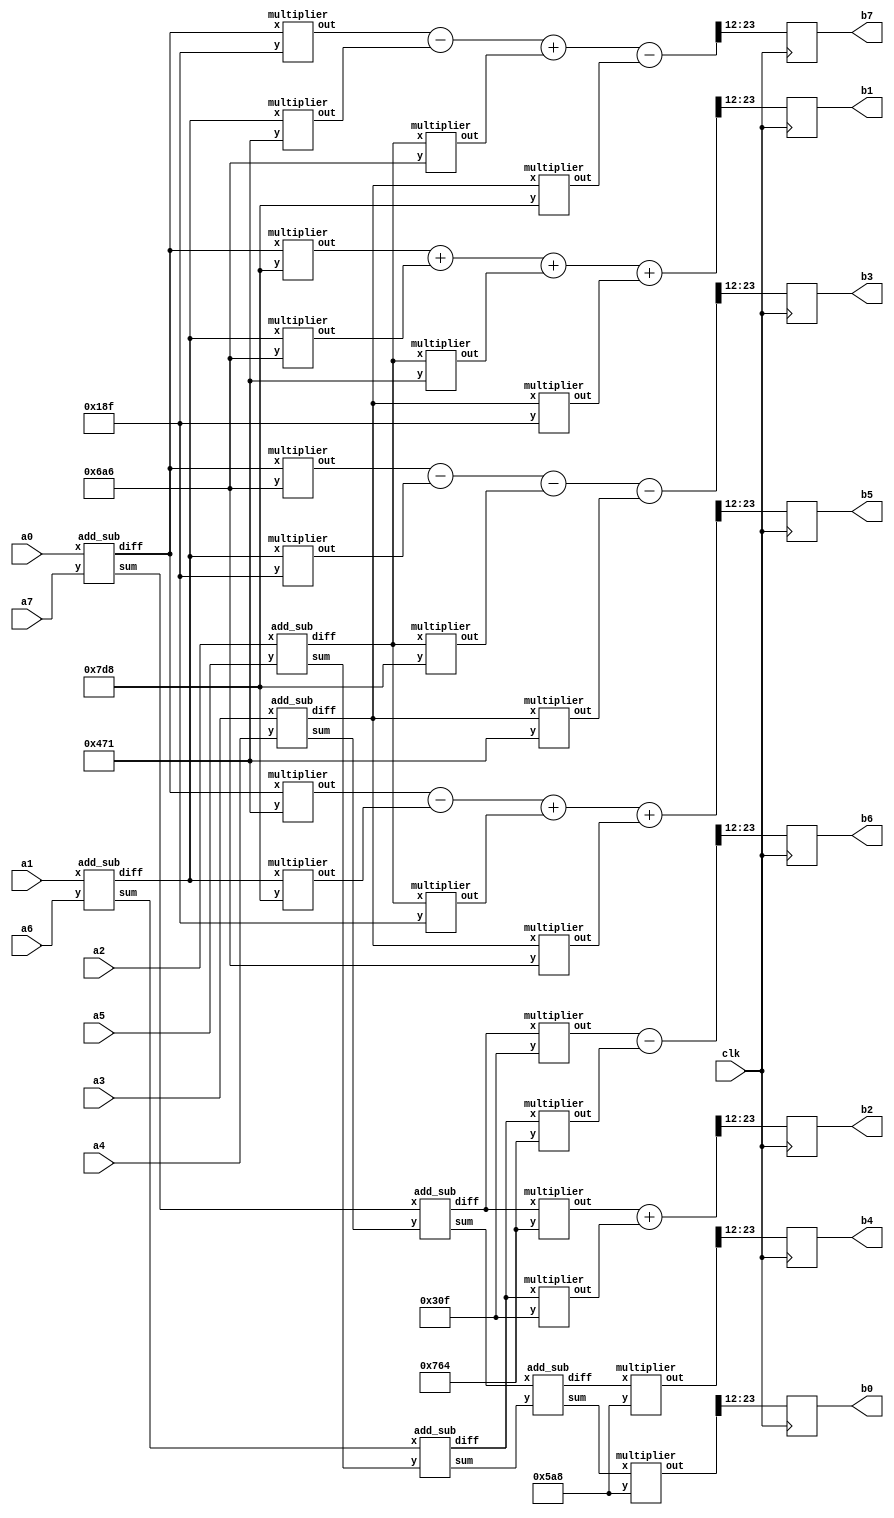
module DCT(input clk,
           input signed[11:0]a0,a1,a2,a3,a4,a5,a6,a7,
           output reg signed[11:0]b0,b1,b2,b3,b4,b5,b6,b7);
  
  wire [11:0] c1 = 12'b011111011000;
  wire [11:0] c2 = 12'b011101100100;
  wire [11:0] c3 = 12'b011010100110;
  wire [11:0] c4 = 12'b010110101000;
  wire [11:0] c5 = 12'b010001110001;
  wire [11:0] c6 = 12'b001100001111;
  wire [11:0] c7 = 12'b000110001111;
  
  wire signed [11:0] f07,f0_7,f16,f1_6,f25,f2_5,f34,f3_4;
  wire signed [11:0] f0734,f07_34,f1625,f16_25;
  wire signed [11:0] sum,diff;
  wire signed [11:0] x0,x1,x2,x3,x4,x5,x6,x7;
  wire signed[23:0]m8,m9,m10,m11,m12,m13,m14,m15,m16,m17,m18,m19,m20,m21,m22,m23,m24,m25,m26,m27;
  wire signed [23:0] m0,m1,m2,m3,m4,m5,m6,m7;
  reg [11:0] r0[7:0],r1[7:0],r2[7:0],r3[7:0],r4[7:0],r5[7:0],r6[7:0],r7 [7:0];
  wire [2:0] count = 0;
  
  add_sub B1(f07,f0_7,a0,a7);
  add_sub B2(f16,f1_6,a1,a6);
  add_sub B3(f25,f2_5,a2,a5);
  add_sub B4(f34,f3_4,a3,a4);
  
  add_sub B5(f0734,f07_34,f07,f34);
  add_sub B6(f1625,f16_25,f16,f25);
  
  add_sub B7(sum,diff,f0734,f1625);
  
  multiplier M1(m0,sum,c4);
  multiplier M2(m4,diff,c4);
  
  multiplier M3(m8,f07_34,c2);
  multiplier M4(m9,f16_25,c6);
  assign m2 = m8+m9;
  
  multiplier M5(m10,f07_34,c6);
  multiplier M6(m11,f16_25,c2);
  assign m6 = m10-m11;
  
  multiplier M7(m12,f0_7,c1);
  multiplier M8(m13,f0_7,c3);
  multiplier M9(m14,f0_7,c5);
  multiplier M10(m15,f0_7,c7);
  
  multiplier M11(m16,f1_6,c1);
  multiplier M12(m17,f1_6,c3);
  multiplier M13(m18,f1_6,c5);
  multiplier M14(m19,f1_6,c7);
  
  multiplier M15(m20,f2_5,c1);
  multiplier M16(m21,f2_5,c3);
  multiplier M17(m22,f2_5,c5);
  multiplier M18(m23,f2_5,c7);
  
  multiplier M19(m24,f3_4,c1);
  multiplier M20(m25,f3_4,c3);
  multiplier M21(m26,f3_4,c5);
  multiplier M22(m27,f3_4,c7);
  
  assign m1 = m12+m17+m22+m27;
  assign m3 = m13-m19-m20-m26;
  assign m5 = m14-m16+m23+m25;
  assign m7 = m15-m18+m21-m24;
  /*assign out0 = (a0+a7+a1+a6+a2+a5+a3+a4)*c4;
  assign out1 = (a0-a7)*c1 + (a1-a6)*c3 + (a2-a5)*c5 + (a3-a4)*c7;
  assign out2 = (a0+a7-a3-a4)*c2 + (a1+a6-a2-a5)*c6;
  assign out3 = (a0-a7)*c3 - (a1-a6)*c7 - (a2-a5)*c1 - (a3-a4)*c5;
  assign out4 = (a0+a7+a3+a4-a1-a6-a2-a5)*c4;
  assign out5 = (a0-a7)*c5 - (a1-a6)*c1 + (a2-a5)*c7 + (a3-a4)*c3;
  assign out6 = (a0+a7-a3-a4)*c6 - (a1+a6-a2-a5)*c2;
  assign out7 = (a0-a7)*c7 - (a1-a6)*c5 + (a2-a5)*c3 - (a3-a4)*c1;
  
  assign out = out0*c4;*/
  
  assign x0 = m0>>12;
  assign x1 = m1>>12;
  assign x2 = m2>>12;
  assign x3 = m3>>12;  
  assign x4 = m4>>12;
  assign x5 = m5>>12;
  assign x6 = m6>>12;
  assign x7 = m7>>12;
    
  always @(posedge clk)begin
    {b0,b1,b2,b3,b4,b5,b6,b7} <= {x0,x1,x2,x3,x4,x5,x6,x7};
  end
  
endmodule

//#############################################################################
module add_sub(
  output reg [11:0] sum,diff,                                           
  input [11:0] x,y                                                      
    );

always @(x or y)
begin
  sum=x+y;
  diff=x-y;
end
endmodule


module multiplier(
  output reg [23:0]out,
  input signed[11:0] x,y
);
  
  always @(x,y)begin
    out = x*y;
  end
endmodule
//Booth Multiplier
/*module multiplier(Z,X, Y);
  input signed [11:0] X, Y;
  output signed [23:0] Z;
  reg signed [23:0] Z;
reg [1:0] temp;
integer i;
reg E1;
  reg [11:0] Y1;
always @ (X, Y)
begin
Z = 24'd0;
E1 = 1'd0;
Y1 = - Y;
  Z[11:0]=X;
  for (i = 0; i < 12; i = i + 1)
begin
temp = {X[i], E1};
case (temp)
  2'd2 : Z [23 : 12] = Z [23 : 12] + Y1;
  2'd1 : Z [23 : 12] = Z [23 : 12] + Y;
default : begin end
endcase
Z = Z >> 1;
  Z[23] = Z[22];
E1 = X[i];
end

end
endmodule*/
//######################################################################################